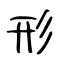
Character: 形